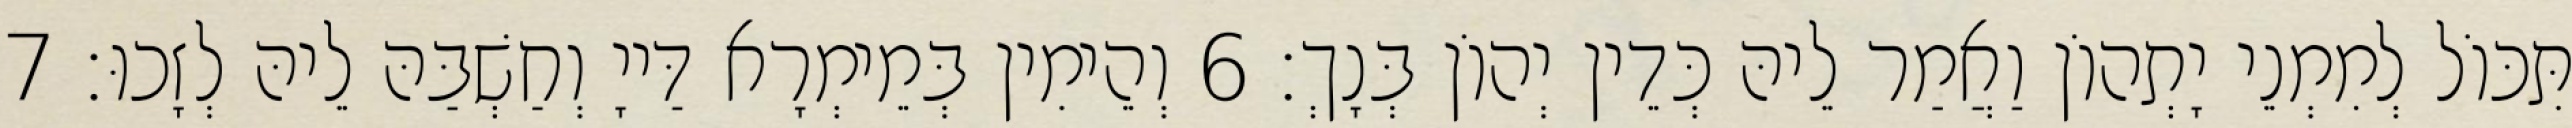
תִּכּוֹל לְמִמְנֵי יָתְהוֹן וַאֲמַר לֵיהּ כְּדֵין יְהוֹן בְּנָךְ׃ 6 וְהֵימִין בְּמֵימְרָא דַּייָ וְחַשְׁבַּהּ לֵיהּ לְזָכוּ׃ 7